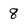
Character: 8